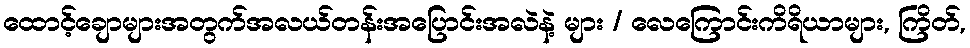
ထောင့်ချောများအတွက်အလယ်တန်းအပြောင်းအလဲနဲ့ များ / လေကြောင်းကိရိယာများ, ကြိတ်,